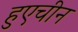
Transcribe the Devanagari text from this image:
हुएचीन